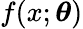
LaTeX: f(x;{\boldsymbol{\theta}})